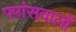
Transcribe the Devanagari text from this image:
फ्ऱांसवालों